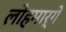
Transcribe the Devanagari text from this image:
लोहमार्गे